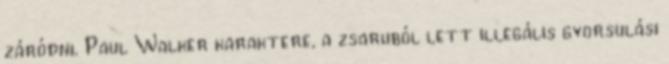
záródni. Paul Walker karaktere, a zsaruból lett illegális gyorsulási